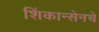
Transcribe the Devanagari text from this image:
शिंकान्सेनचे